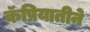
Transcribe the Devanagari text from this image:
कॅप्रियातीने